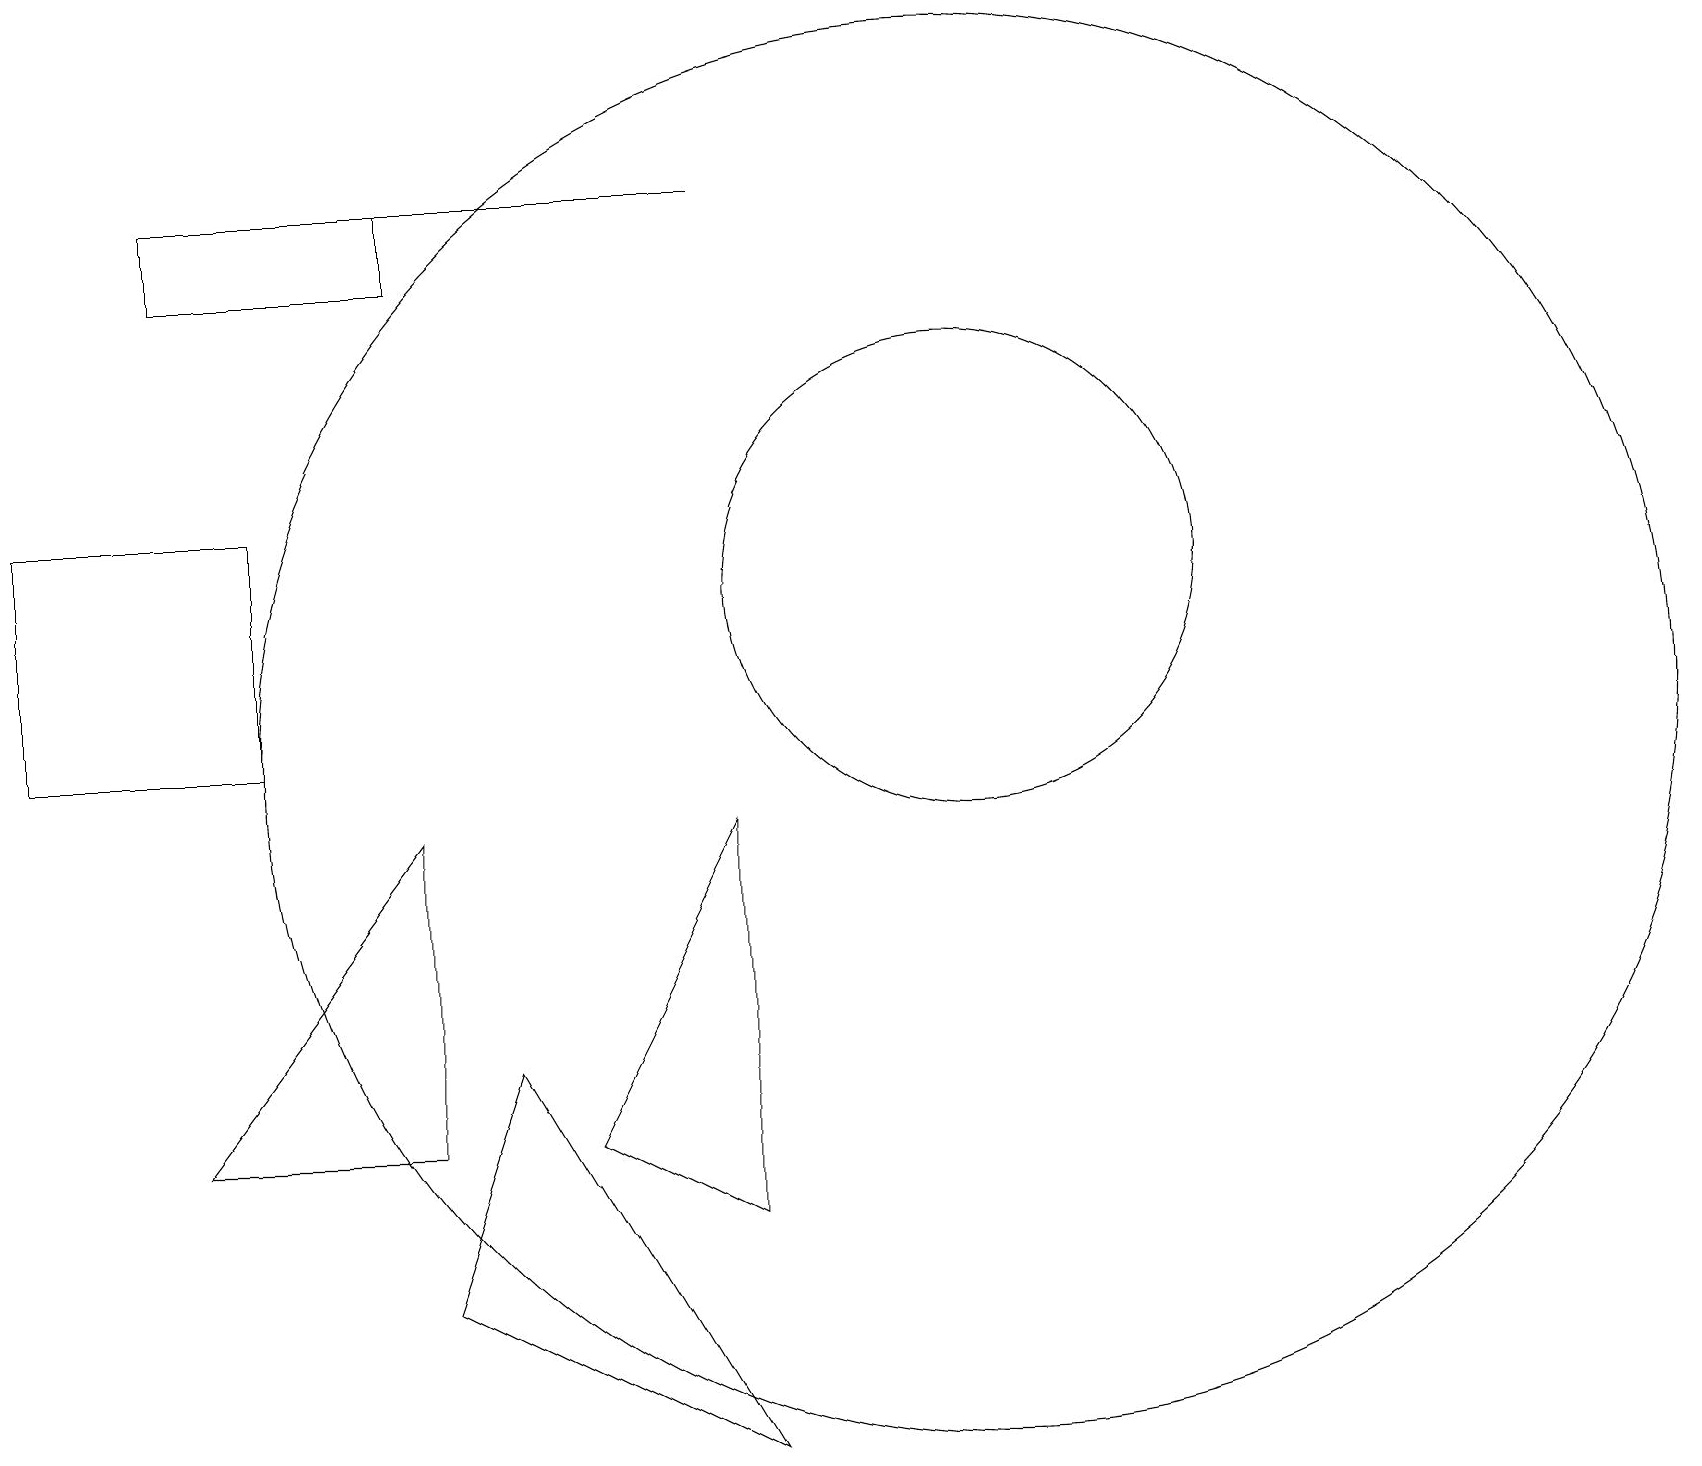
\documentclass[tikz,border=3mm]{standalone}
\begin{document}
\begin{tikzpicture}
\draw (12,12) circle (3);
\draw (6,6) -- (5,3) -- (9,1) -- cycle;
\draw (2,17) rectangle (9,17);
\draw (9,9) -- (9,4) -- (7,5) -- cycle;
\draw (3,10) rectangle (0,13);
\draw (12,10) circle (9);
\draw (5,9) -- (2,5) -- (5,5) -- cycle;
\draw (2,17) rectangle (5,16);
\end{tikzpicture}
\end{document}